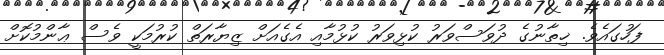
ފަހުގައެވެ. ޚިތާނުގެ ދުވަސްވަރު ކުޅިވަރު ކުޅުމާއި އެގެއަށް ޒިޔާރަތް ކުރުމަކީ ވެސް ޢާންމުކޮށް